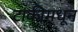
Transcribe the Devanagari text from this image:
टाकीमधून